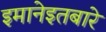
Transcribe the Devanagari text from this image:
इमानेइतबारे